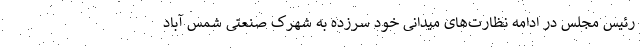
رئیس مجلس در ادامه نظارت‌های میدانی خود سرزده به شهرک صنعتی شمس آباد